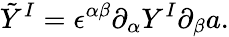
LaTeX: \tilde{Y}^{I}=\epsilon^{\alpha\beta}\partial_{\alpha}Y^{I}\partial_{\beta}a.